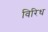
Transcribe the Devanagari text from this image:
विरिध